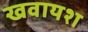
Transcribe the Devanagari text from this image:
खवायश